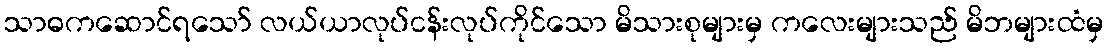
သာဓကဆောင်ရသော် လယ်ယာလုပ်ငန်းလုပ်ကိုင်သော မိသားစုများမှ ကလေးများသည် မိဘများထံမှ